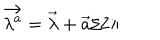
\vec { \lambda ^ { a } } = \vec { \lambda } + \vec { a } / 2 \pi